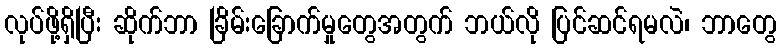
လုပ်ဖို့ရှိပြီး ဆိုက်ဘာ ခြိမ်းခြောက်မှုတွေအတွက် ဘယ်လို ပြင်ဆင်ရမလဲ၊ ဘာတွေ